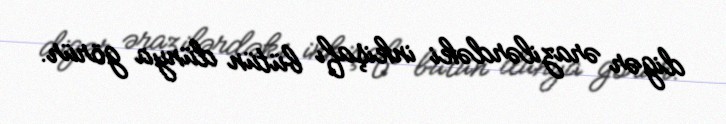
digər ərazilərdəki inkişafı bütün dünya görür.